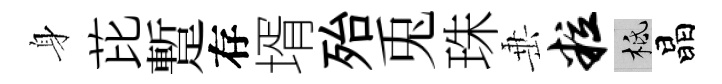
身芘蹔存壻殆兎珠𡸁粒柢晶